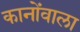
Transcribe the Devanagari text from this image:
कानोंवाला